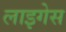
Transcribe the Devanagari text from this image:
लाइगेस